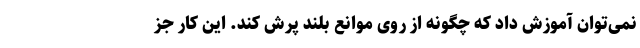
نمی‌توان آموزش داد که چگونه از روی موانع بلند پرش کند. این کار جز